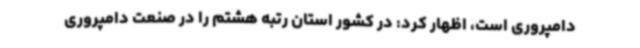
دامپروری است، اظهار کرد: در کشور استان رتبه هشتم را در صنعت دامپروری